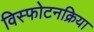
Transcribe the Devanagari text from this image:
विस्फोटनक्रिया